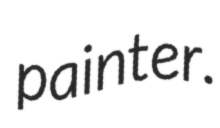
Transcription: painter.